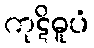
ကုဋိဓူပံ